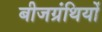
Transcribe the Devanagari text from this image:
बीजग्रंथियों